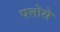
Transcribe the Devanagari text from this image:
पत्तोसे